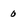
Character: 0